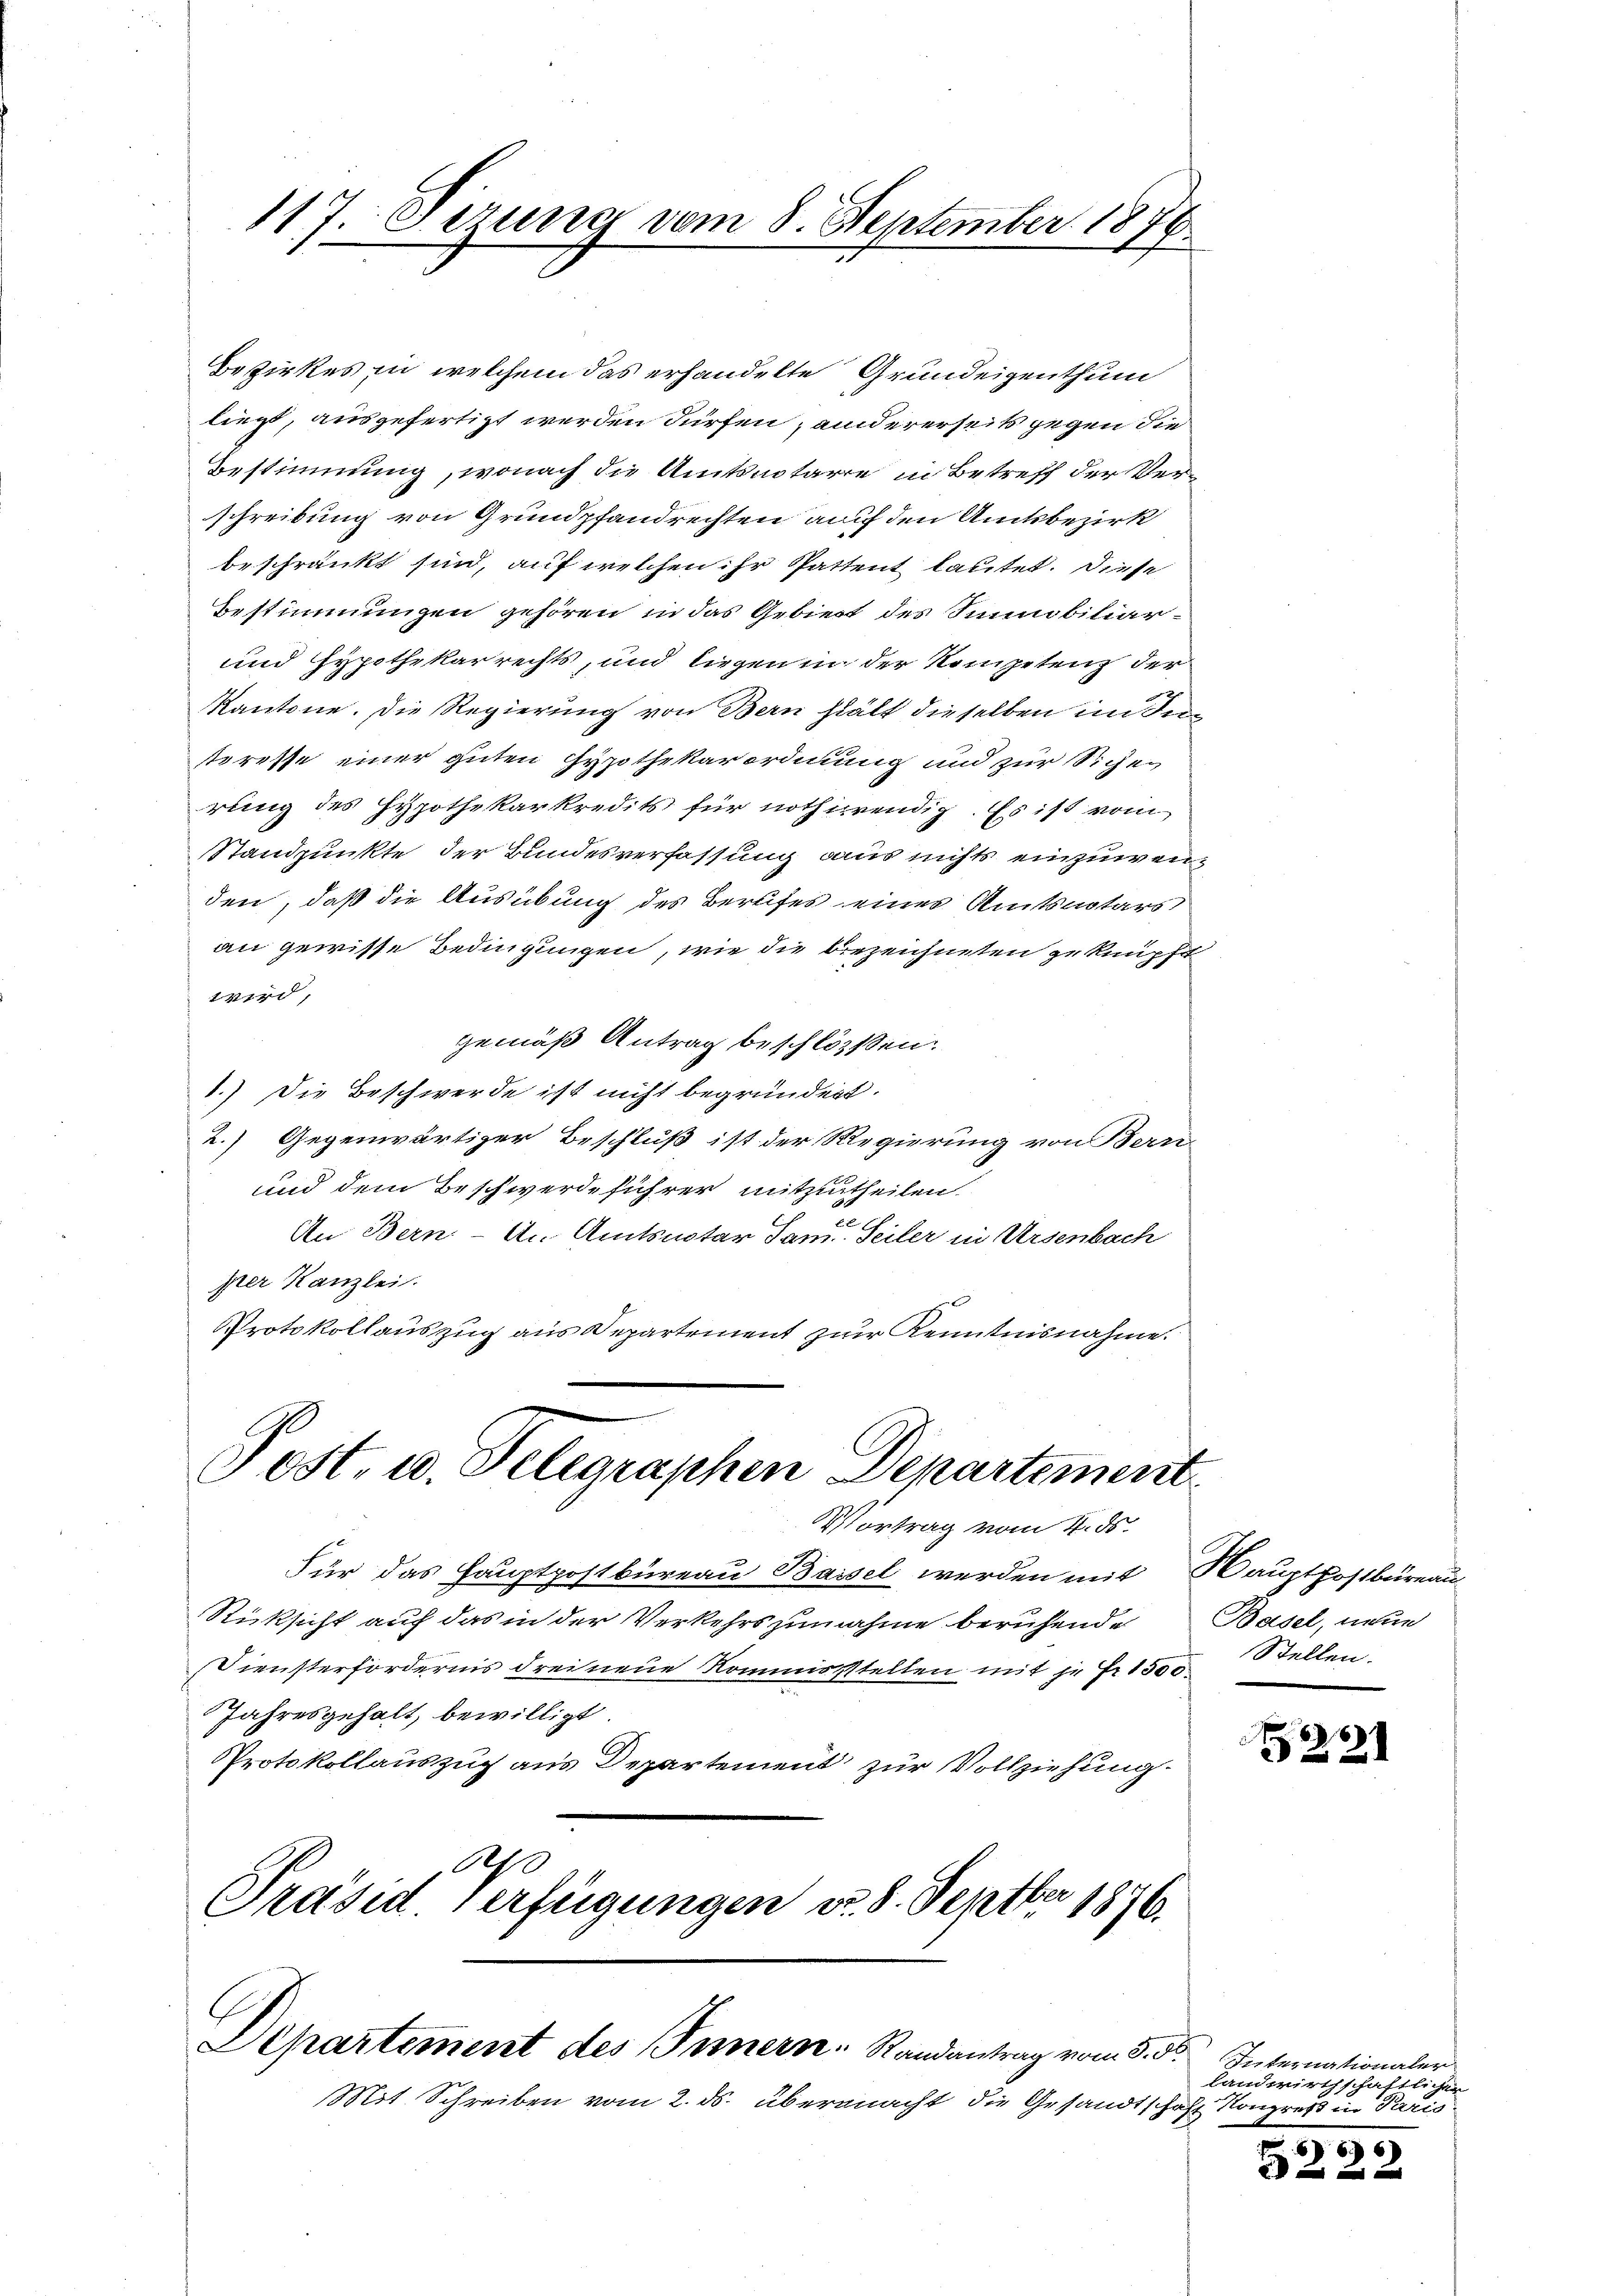
117. Verung vom 8. September 1876.

Bezirkes in welchem das erhandelte Grundeigenthum
liegt, ausgefertigt werden dürfen, andererseits gegen die
Bestimmung, wonach die Amtsnotarie in Betreff der Verschreibung von Grundpfandrechten auf den Amtsbezirk
beschränkt sind, auf welchen ihr Gattent lautet. Diese
Bestimmungen gehören in das Gebiert des Simmobiliar¬
und Hypothekarrechts, und liegen in der Kompetenz der
Kantone. Die Regierung von Bern hält dieselben im Interesse einer guten Hypothekarordnung und zur Sicherung des Hypothekarkredits für nothwendig. Es ist vom
Standpunkte der Bundesverfassung aus nichts einzuwenden, daß die Ausübung des Berufes eines Amtsnotars
an gewisse Bedingungen, wie die bezeichneten zu knüpft
wird,
gemäß Antrag beschlossen:
1.) Die Beschwerde ist nicht begründert.
2.) Gegenwärtiger Beschluß ist der Regierung von Bern
und dem Beschwerdeführer mitzutheilen.
An Bern-An. Amtsnotar Jan. Seiler in Ursenbach
prer Kanzlei.
Protokollauszug aus Departement zur Kenntnisnahme.

Post- u. Telegraphen Departement
Vortrag vom 4. ds.

Für das Hauptpostbüreau Bassel werden mit Hauptpostbüreau
Rücksicht auf das in der Verkehrs zunahme beruhende
Diensterfordernis drei neue Kommissstellen mit je Fr. 1500 Stellen.
Jahresgehalt, bewilligt
Protokollauszug aus Departement zur Vollziehung.
Obse
Präsid verfügungen d. 8. Septbr 1876.

Departement des Innern. Randantrag vom 5. ds. Internationaler
Mit Schreiben vom 2. ds. übermacht, die Gesandtschaft Kongreß in Paris

Basel, neue

221

landwirthschaftlichen

52.

67